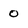
Character: 0